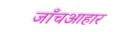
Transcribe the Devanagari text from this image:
जाँचआहार